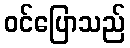
ဝင်ပြောသည်